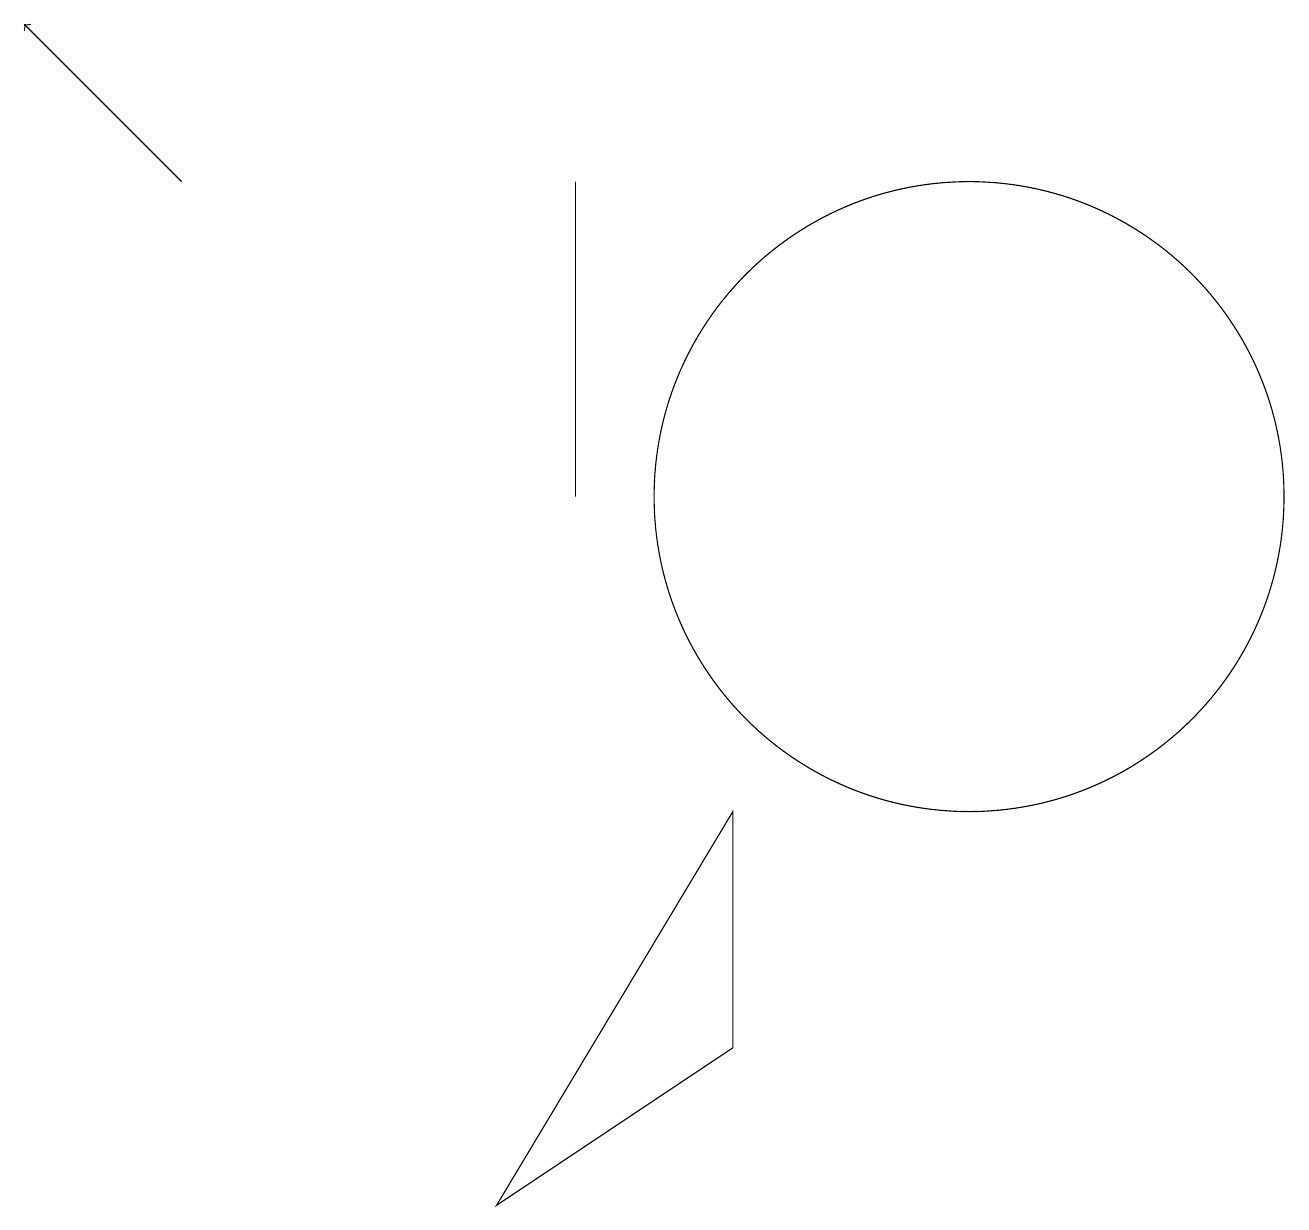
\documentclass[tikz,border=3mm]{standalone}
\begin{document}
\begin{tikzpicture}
\draw[->] (2,14) -- (0,16);
\draw (12,10) circle (4);
\draw (7,10) rectangle (7,14);
\draw (9,3) -- (6,1) -- (9,6) -- cycle;
\draw (9,15) rectangle (9,15);
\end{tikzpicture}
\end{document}